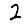
Digit: 2